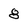
Character: 8